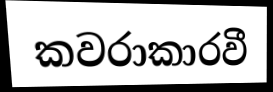
කවරාකාරවී